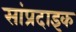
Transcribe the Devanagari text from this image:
सांप्रदाइक